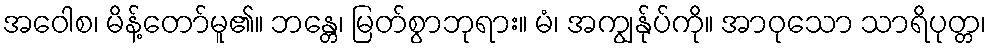
အဝေါစ၊ မိန့်တော်မူ၏။ ဘန္တေ၊ မြတ်စွာဘုရား။ မံ၊ အကျွန်ုပ်ကို။ အာဝုသော သာရိပုတ္တ၊